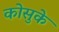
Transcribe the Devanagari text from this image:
कोसुके